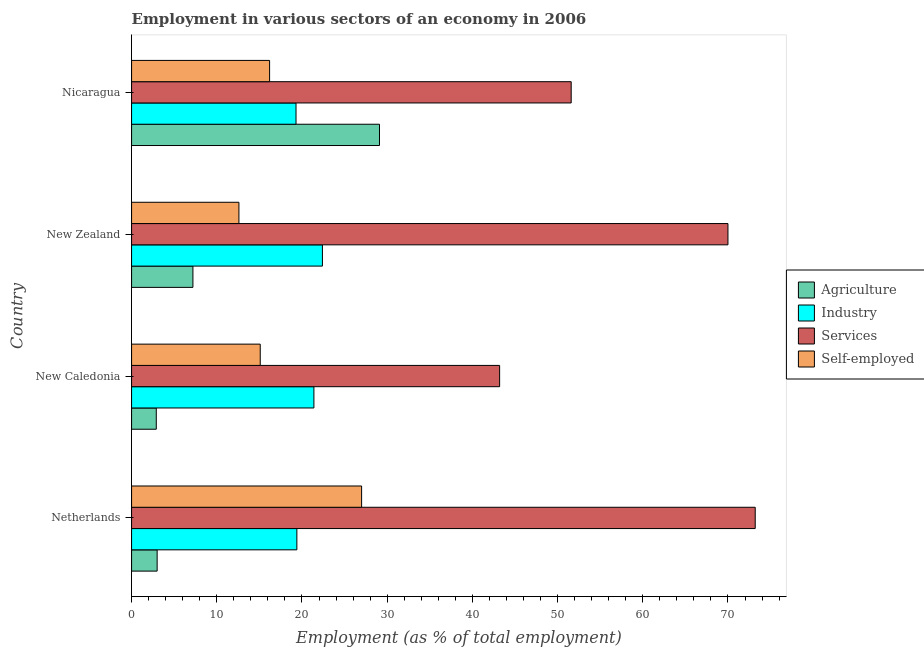
| Country | Agriculture | Industry | Services | Self-employed |
 | --- | --- | --- | --- | --- |
 | Netherlands | 3 | 19.4 | 73.2 | 27 |
 | New Caledonia | 2.9 | 21.4 | 43.2 | 15.1 |
 | New Zealand | 7.2 | 22.4 | 70 | 12.6 |
 | Nicaragua | 29.1 | 19.3 | 51.6 | 16.2 |